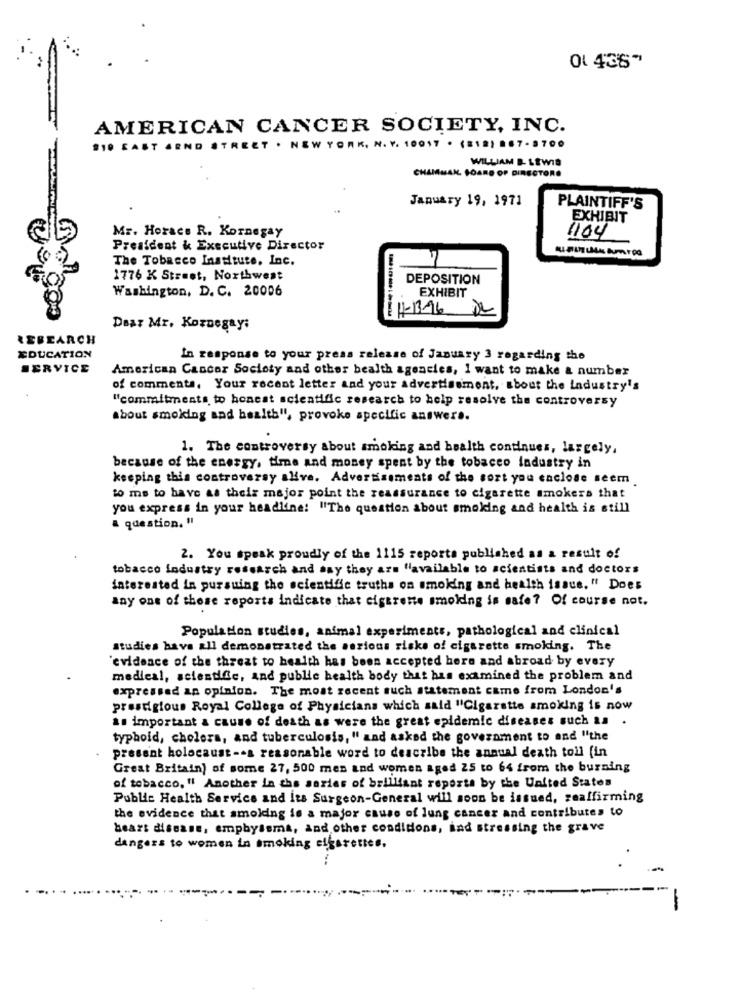
0. 436"
AMERICAN CANCER SOCIETY, INC.
810 CAST ARND STREET . NEW YORK, N. Y. 10017 . (818) 867-3700
WILLIAM B- LEWIS
CHAMMAN. BOARD OF DIRECTORS
January 19, 1971
PLAINTIFF'S
EXHIBIT
Mr. Horace R. Kornegay
1104
President & Executive Director
The Tobacco Institute, Inc.
1776 K Street, Northwest
DEPOSITION
Washington, D. C. 20006
EXHIBIT
4-13-16
Dear Mr. Koznegay:
RESEARCH
EDUCATION
In response to your press release of January 3 regarding the
SERVICE
American Cancer Society and other bealth agencies, I want to make a number
of comments, Your recent letter and your advertisement, about the Industry's
"commitments to honest scientific research to help resolve the controversy
about smoiding and health", provoke specific answers.
1. The controversy about smoking and health continues, largely,
because of the energy, time and money spent by the tobacco industry in
keeping this controversy alive. Advertisements of the sort you caclose seem.
to me to have as their mejor point the reassurance to cigarette smokers that
you express in your headline! "'The question about smoking and health is still
a question. "
2. You speak proudly of the 1115 reports published as a result of
tobacco industry research and say they are "available to scientists and doctors
interested in pursuing the scientific truths on smoking and health issue." Does
any one of those reports indicate that cigarette smoking is safe? Of course not.
Population studies, animal experiments, pathological and clinical
studies have all demonstrated the serious risks of cigarette smoking. The
evidence of the threat to health has been accepted here and abroad by every
medical, scientific, and public health body that has examined the problem and
expressed an opinion. The most recent such statement came from London's
prestigious Royal College of Physicians which said "Cigarette smoking is now
as important a cause of death as were the great epidemic diseases such as
typhoid, cholera, and tuberculosis, " and asked the government to and "the
present holocaust -- a reasonable word to describe the annual death toll [in
Great Britain) of some 27, 500 men and women aged 25 to 64 from the burning
of tobacco, " Another in the series of brilliant reports by the United States
Public Health Service and its Surgeon-General will soon be issued, seaffirming
the evidence that smolding is a major cause of lung cancer and contributes to
heart disease, emphysema, and other conditions, had stressing the grave
dangers to women in smoking cigarettes.
-